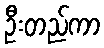
ဦးတည်ကာ